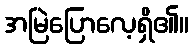
အမြဲပြောလေ့ရှိ၏။